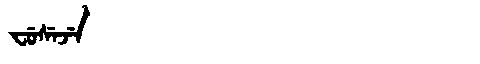
Manchu: ᠸᡠᠰᡝᠵᡝ
Romanization: FUSEJE